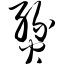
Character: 燹